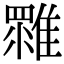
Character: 𩀚